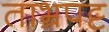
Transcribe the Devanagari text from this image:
ताभ्रपट्ट